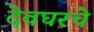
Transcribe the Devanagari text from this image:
देवघरचे